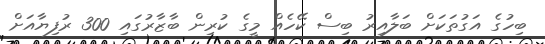
ބިހުގެ އަގުތަކަށް ބަލާއިރު ބިސް ކޭހެއް މީގެ ކުރިން ބާޒާރުގައި 300 ރުފިޔާއަށް